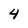
Character: 4